Report of the Bombay Plague Committee
Disease focus: Plague
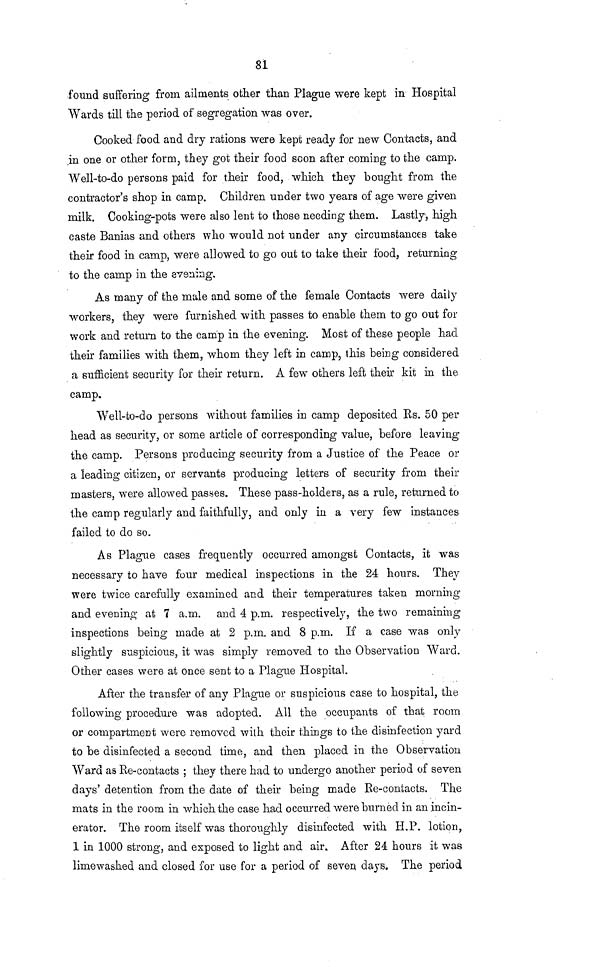
81
found suffering from ailments other than Plague were kept in Hospital
Wards till the period of segregation was over.
Cooked food and dry rations were kept ready for new Contacts, and
in one or other form, they got their food scon after coming to the camp.
Well-to-do persons paid for their food, which they bought from the
contractor's shop in camp. Children under two years of age were given
milk. Cooking-pots were also lent to those needing them. Lastly, high
caste Banias and others who would not under any circumstances take
their food in camp, were allowed to go out to take their food, returning
to the camp in the evening.
As many of the male and some of the female Contacts were daily
workers, they were furnished with passes to enable them to go out for
work and return to the camp in the evening. Most of these people had
their families with them, whom they left in camp, this being considered
a sufficient security for their return. A few others left their kit in the
camp.
Well-to-do persons without families in camp deposited Rs. 50 per
head as security, or some article of corresponding value, before leaving
the camp. Persons producing security from a Justice of the Peace or
a leading citizen, or servants producing letters of security from their
masters, were allowed passes. These pass-holders, as a rule, returned to
the camp regularly and faithfully, and only in a very few instances
failed to do so.
As Plague cases frequently occurred amongst Contacts, it was
necessary to have four medical inspections in the 24 hours. They
were twice carefully examined and their temperatures taken morning
and evening at 7 a.m. and 4 p.m. respectively, the two remaining
inspections being made at 2 p.m. and 8 p.m. If a case was only
slightly suspicious, it was simply removed to the Observation Ward.
Other cases were at once sent to a Plague Hospital.
After the transfer of any Plague or suspicious case to hospital, the
following procedure was adopted. All the occupants of that room
or compartment were removed with their things to the disinfection yard
to be disinfected a second time, and then placed in the Observation
Ward as Re-contacts ; they there had to undergo another period of seven
days' detention from the date of their being made Ee-contacts. The
mats in the room in which the case had occurred were burned in an incin-
erator. The room itself was thoroughly disinfected with H.P. lotion,
1 in 1000 strong, and exposed to light and air. After 24 hours it was
limewashed and closed for use for a period of seven days. The period